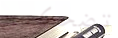
تضحكين